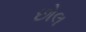
છોલ